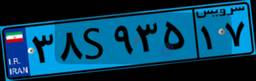
۳۲S۰۲۷۴۸